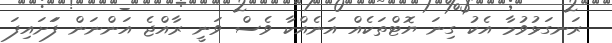
ރަނގަޅުވުމާ އެކު ގިނަ ޔޮޓްތަކެއް އަނެއްކާ ވެސް ވަނީ ރާއްޖެ އަންނަން ފަަށައިފަ